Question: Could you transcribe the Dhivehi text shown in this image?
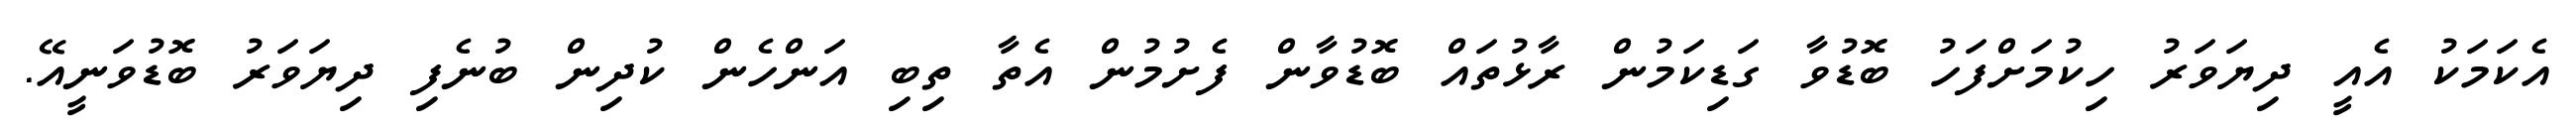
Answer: އެކަމަކު އެއީ ދިޔަވަރު ހިކުމަށްފަހު ބޮޑުވާ ގަޑިކަމުން ރާޅުތައް ބޮޑުވާން ފެށުމުން އެތާ ތިބި އަންހެން ކުދިން ބުނެފި ދިޔަވަރު ބޮޑުވަނީއޭ.